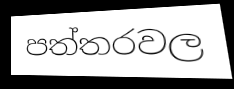
පත්තරවල